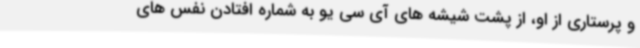
و پرستاری از او، از پشت شیشه های آی سی یو به شماره افتادن نفس های